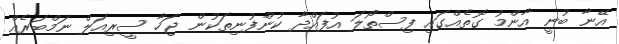
އޭނާ ބުނީ އާންމު ގޮތެއްގައި ފިސްތޯލަ އުފައްދާ ކުންފުނިތަކުން ޖަހާ ސީރިއަލް ނަމްބަރެއް